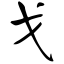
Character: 戈